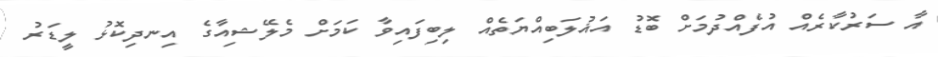
އާ ސަރުކާރެއް އުފެއްދުމަށް ބޮޑު އަޣުލަބިއްޔަތެއް ލިބިފައިވާ ކަމަށް މެލޭޝިއާގެ އިނދިކޮޅު ލީޑަރު